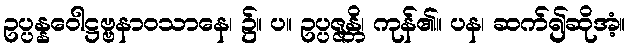
ဥပ္ပန္နဝေါဋ္ဌဗ္ဗနာဝသာနေ၊ ၌။ ပ။ ဥပ္ပဇ္ဇန္တိ၊ ကုန်၏။ ပန၊ ဆက်၍ဆိုအံ့။